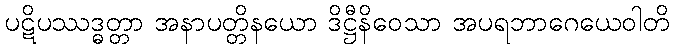
ပဋိပဿဒ္ဓတ္တာ အနာပတ္တိနယော ဒိဋ္ဌီနိဝေသာ အပရဘာဂေယေဝါတိ